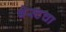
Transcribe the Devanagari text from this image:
बेस्टचा